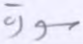
سورة